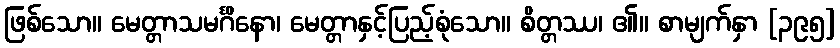
ဖြစ်သော။ မေတ္တာသမင်္ဂိနော၊ မေတ္တာနှင့်ပြည့်စုံသော။ စိတ္တဿ၊ ၏။ စာမျက်နှာ [၃၉၅]